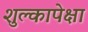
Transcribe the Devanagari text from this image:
शुल्कापेक्षा